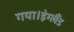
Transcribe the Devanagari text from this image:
गया।इंग्लैंड